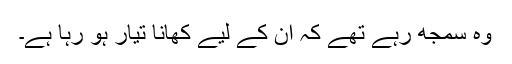
وہ سمجھ رہے تھے کہ ان کے لیے کھانا تیار ہو رہا ہے۔